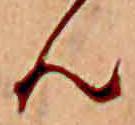
ん